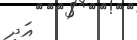
އަދި